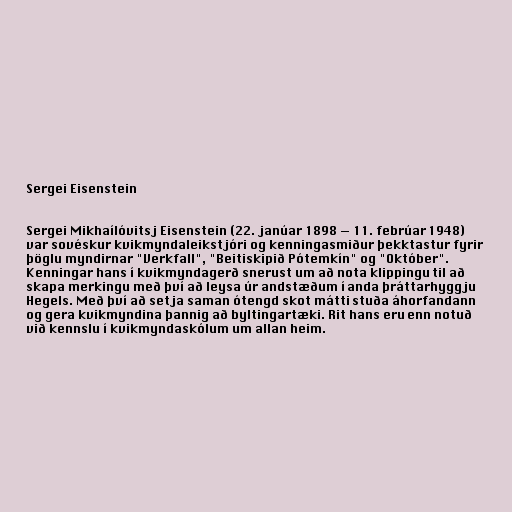
Sergei Eisenstein

Sergei Mikhaílóvitsj Eisenstein (22. janúar 1898 — 11. febrúar 1948)
var sovéskur kvikmyndaleikstjóri og kenningasmiður þekktastur fyrir
þöglu myndirnar "Verkfall", "Beitiskipið Pótemkín" og "Október".
Kenningar hans í kvikmyndagerð snerust um að nota klippingu til að
skapa merkingu með því að leysa úr andstæðum í anda þráttarhyggju
Hegels. Með því að setja saman ótengd skot mátti stuða áhorfandann
og gera kvikmyndina þannig að byltingartæki. Rit hans eru enn notuð
við kennslu í kvikmyndaskólum um allan heim.